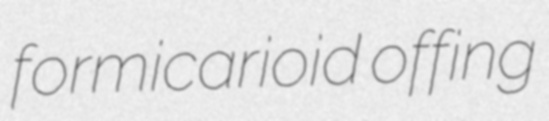
formicarioid offing